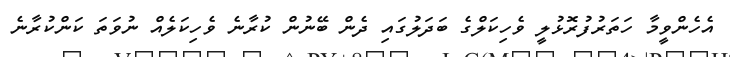
އެހެންވީމާ ހަތަރުފުރޮޅުލީ ވެހިކަލްގެ ބަދަލުގައި ދެން ބޭނުން ކުރާނެ ވެހިކަލެއް ނުވަތަ ކަންކުރާނެ